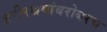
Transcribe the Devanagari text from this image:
शरीरश्रमांबरोबरच